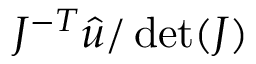
J ^ { - T } \hat { u } / \operatorname* { d e t } ( J )